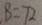
B = 7 2